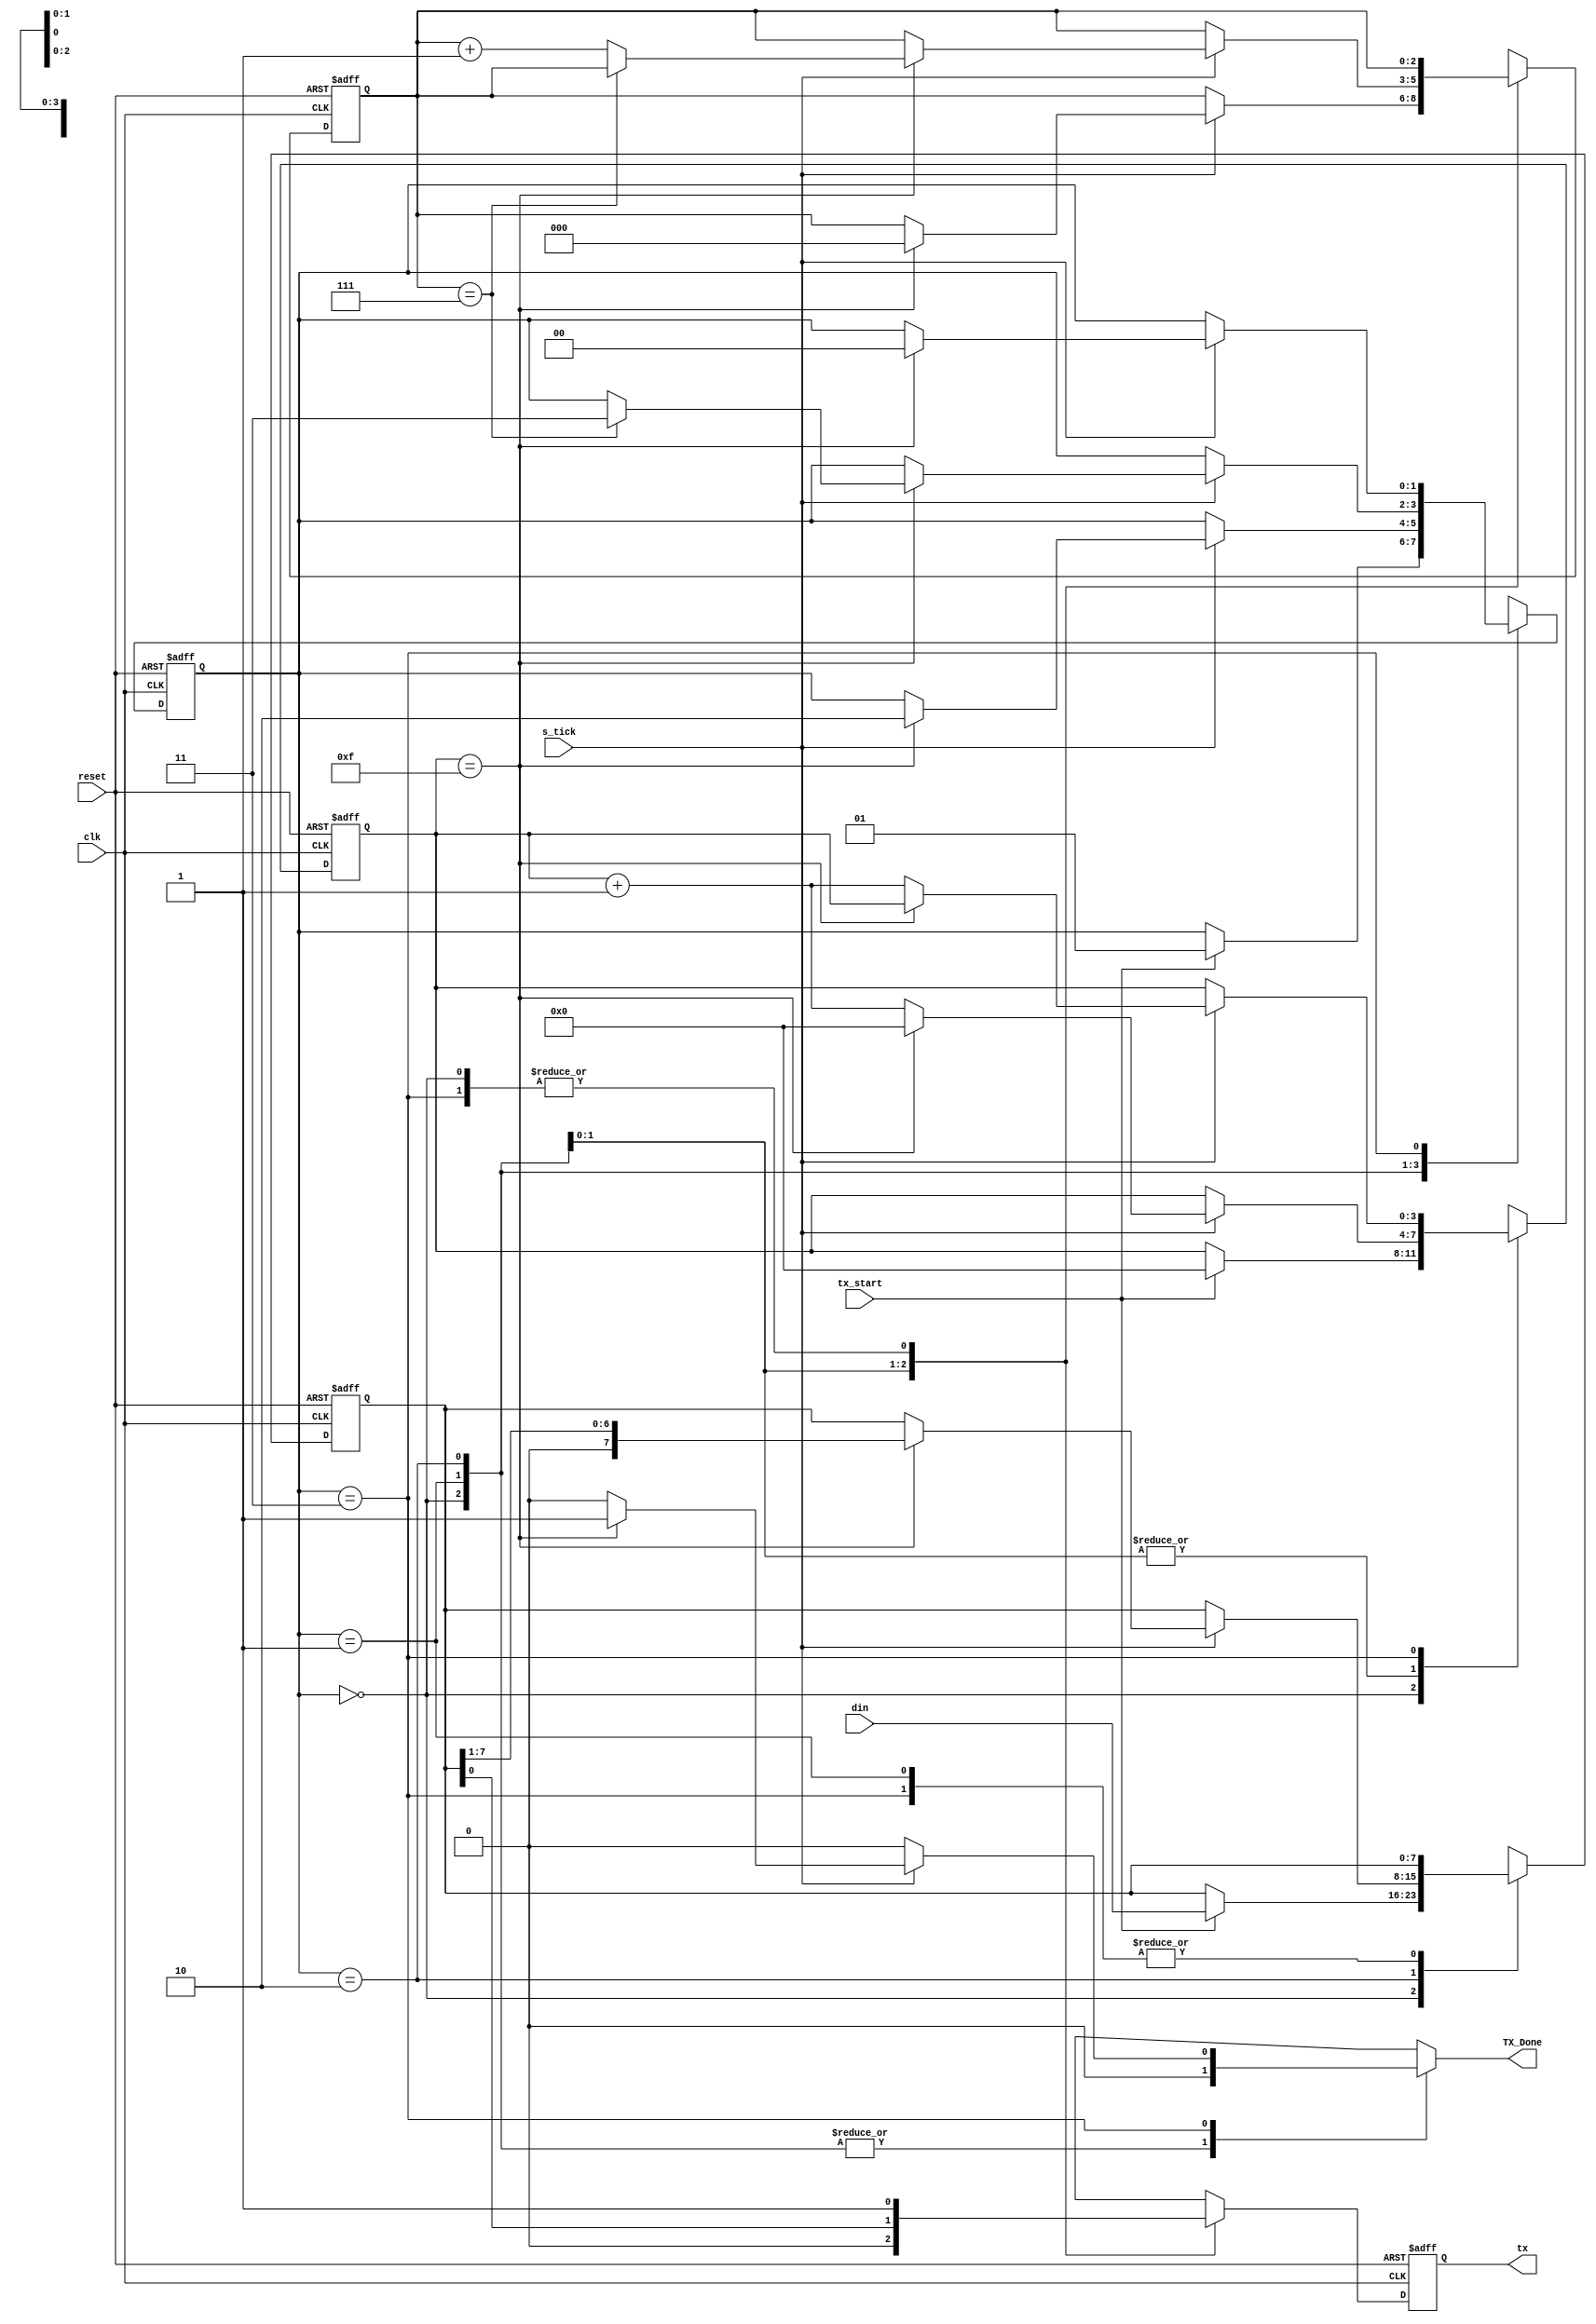
module Transmisor
	#(
	parameter DBIT = 8 , // #databits
				 SB_TICK = 16 // #ticks fors top bits
	)
	(
	input wire clk, reset,
	input wire tx_start, s_tick,
	input wire [7:0] din,
	output reg TX_Done=0,
	output wire tx
	);
	// synlbolic s t a t e d e c l a r a t i o n
   localparam [1:0]
					idle = 2'b00,
					start = 2'b01,
					data = 2'b10,
					stop = 2'b11;
	
	// signal declaratio n
	
	reg [1:0] state_reg=0, state_next=0;
	reg [3:0] s_reg=0, s_next=0;
	reg [2:0] n_reg=0, n_next=0;
	reg [7:0] b_reg=0, b_next=0;
	reg tx_reg=1, tx_next=1;

	// FSMD state & data registers
	
	always @(posedge clk, posedge reset)
		if (reset)
			begin
				state_reg <= idle;
				s_reg <= 0;
				n_reg <= 0;
				b_reg <= 0 ;
				tx_reg <= 1'b1;
			end
		else
			begin
				state_reg <= state_next;
				s_reg <= s_next;

				n_reg <= n_next;
				b_reg <= b_next;
				tx_reg <= tx_next;
			end
	// FSMD next_state logic&functional units
	always @*
	begin
		state_next = state_reg;
		TX_Done = 1'b0;
		s_next = s_reg;
		n_next = n_reg;
		b_next = b_reg;
		tx_next = tx_reg;
		case (state_reg)
			idle:
				begin
					tx_next = 1'b1;
					if (tx_start)
						begin
							state_next = start;
							s_next =0;
							b_next = din;
						end
				end
			start:
				begin
					tx_next =1'b0;
					if (s_tick)
						if (s_reg ==15)
							begin
								state_next = data;
								s_next = 0;
								n_next = 0;
							end
						else
							s_next = s_reg + 1;
				end
			data:
				begin
					tx_next =b_reg[0];
					if (s_tick)
						if (s_reg == 15)
							begin
								s_next =0;
								b_next = b_reg>>1;
								if (n_reg==(DBIT-1))
									state_next = stop;
								else
									n_next = n_reg + 1;
							end
						else
							s_next = s_reg + 1;

				end
			stop:
				begin
					tx_next =1'b1;
					if (s_tick)
						if (s_reg==(SB_TICK-1 ))
							begin
								state_next = idle;
								TX_Done = 1'b1;
							end
						else
						s_next = s_reg+ 1;
				end
		endcase
	end
		//  output
	assign tx = tx_reg;
endmodule